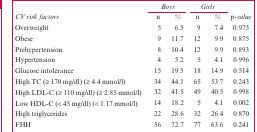
<table><thead><tr><td></td><td colspan="2"><b><i>Boys</i></b></td><td colspan="2"><b><i>Girls</i></b></td><td></td></tr><tr><td><b><i>CV risk factors</i></b></td><td><b><i>n</i></b></td><td><b><i>%</i></b></td><td><b><i>n</i></b></td><td><b><i>%</i></b></td><td><b><i>p-value</i></b></td></tr></thead><tbody><tr><td>Overweight</td><td>5</td><td>6.5</td><td>9</td><td>7.4</td><td>0.975</td></tr><tr><td>Obese</td><td>9</td><td>11.7</td><td>12</td><td>9.9</td><td>0.875</td></tr><tr><td>Prehypertension</td><td>8</td><td>10.4</td><td>12</td><td>9.9</td><td>0.893</td></tr><tr><td>Hypertension</td><td>4</td><td>5.2</td><td>5</td><td>4.1</td><td>0.996</td></tr><tr><td>Glucose intolerance</td><td>15</td><td>19.5</td><td>18</td><td>14.9</td><td>0.514</td></tr><tr><td>High TC (≥ 170 mg/dl) (≥ 4.4 mmol/l)</td><td>34</td><td>44.1</td><td>65</td><td>53.7</td><td>0.243</td></tr><tr><td>High LDL-C (≥ 110 mg/dl) (≥ 2.85 mmol/l)</td><td>32</td><td>41.5</td><td>49</td><td>40.5</td><td>0.998</td></tr><tr><td>Low HDL-C (&lt; 45 mg/dl) (&lt; 1.17 mmol/l)</td><td>14</td><td>18.2</td><td>5</td><td>4.1</td><td>0.002</td></tr><tr><td>High triglycerides</td><td>22</td><td>28.6</td><td>32</td><td>26.4</td><td>0.870</td></tr><tr><td>FHH</td><td>56</td><td>72.7</td><td>77</td><td>63.6</td><td>0.241</td></tr></tbody></table>